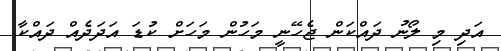
އަދި މި ލޯނު ދައްކަން ޖެހޭނީ މަހުން މަހަށް ކުޑަ އަދަދެއް ދައްކާ